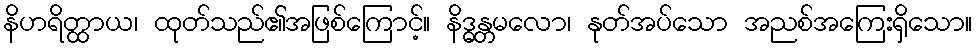
နိဟရိတ္ထာယ၊ ထုတ်သည်၏အဖြစ်ကြောင့်။ နိဒ္ဓန္တမလော၊ နုတ်အပ်သော အညစ်အကြေးရှိသော။